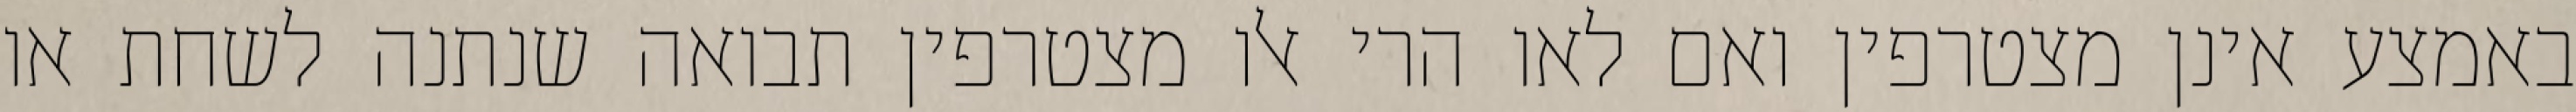
באמצע אינן מצטרפין ואם לאו הרי אלו מצטרפין תבואה שנתנה לשחת או